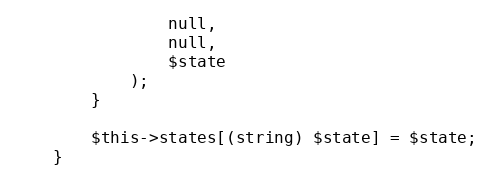
Language: PHP
                null,
                null,
                $state
            );
        }

        $this->states[(string) $state] = $state;
    }